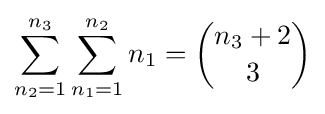
\sum _{n_{2}=1}^{n_{3}}\sum _{n_{1}=1}^{n_{2}}n_{1}={\binom {n_{3}+2}{3}}